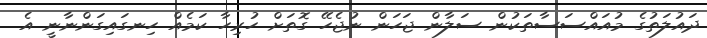
ދައުލަތުގެ މުއައްސަސާތަކުން ސަލާން ޖަހަން ނުޖެހޭ ގޮތަށް ހުރިހާ ކަމެއް ހިނގައިގަންނާނީ އެ